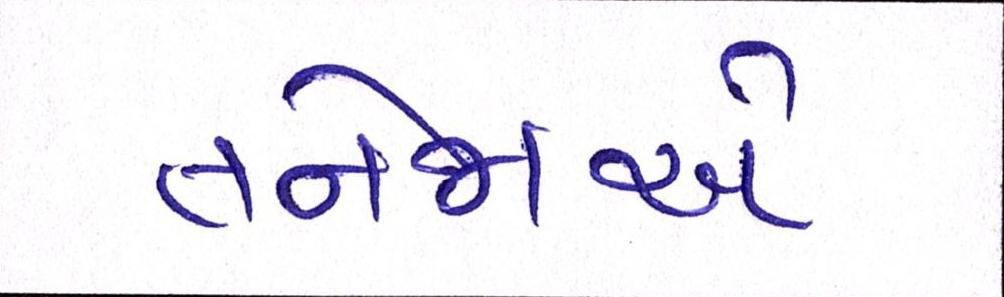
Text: તનેજાએ